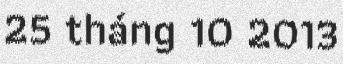
25 tháng 10 2013